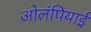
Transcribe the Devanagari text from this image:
ओलंपियाई